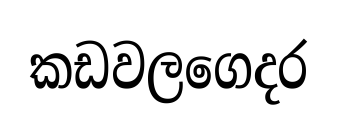
කඩවලගෙදර